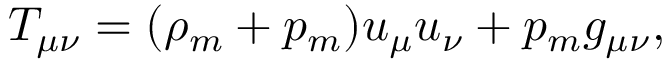
T _ { \mu \nu } = ( \rho _ { m } + p _ { m } ) u _ { \mu } u _ { \nu } + p _ { m } g _ { \mu \nu } ,